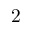
2